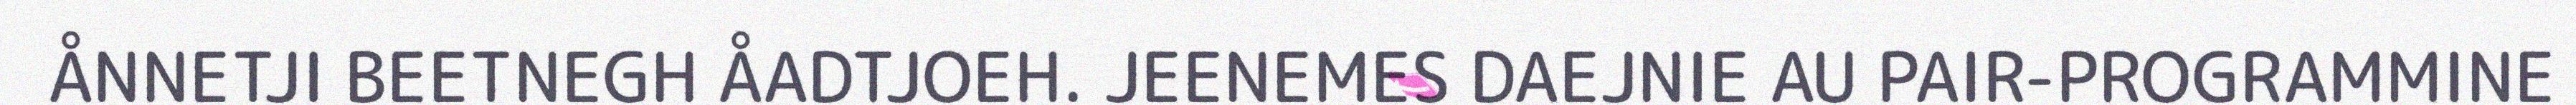
ÅNNETJI BEETNEGH ÅADTJOEH. JEENEMES DAEJNIE AU PAIR-PROGRAMMINE